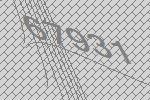
67931